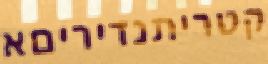
קטריתנדיריםא